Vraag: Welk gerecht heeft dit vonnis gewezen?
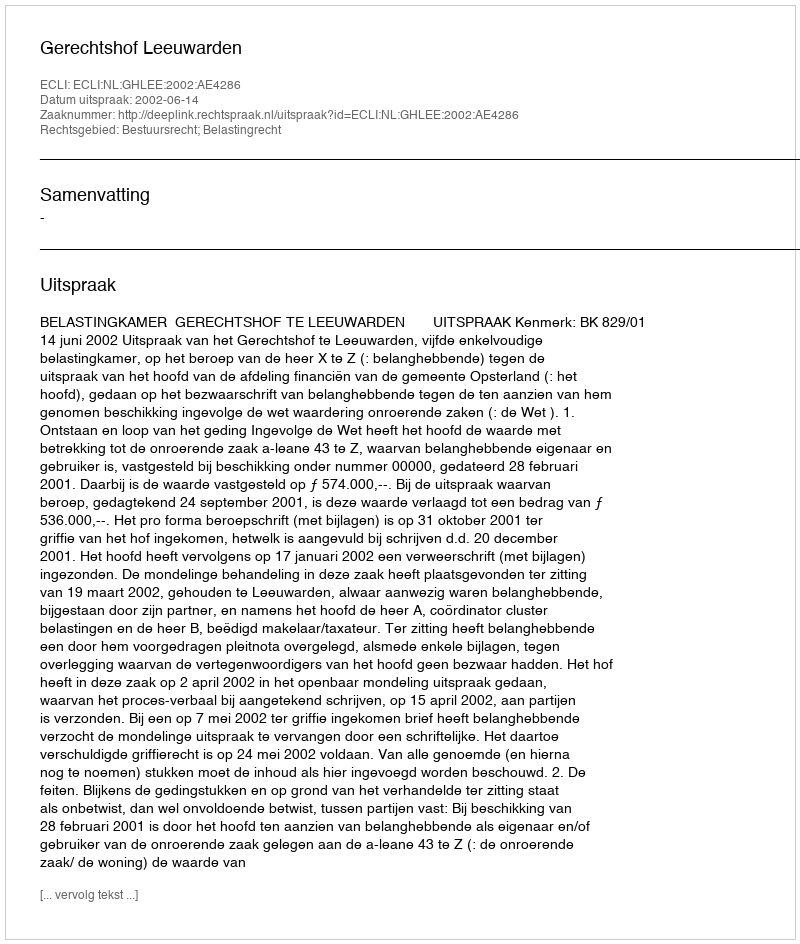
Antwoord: Gerechtshof Leeuwarden